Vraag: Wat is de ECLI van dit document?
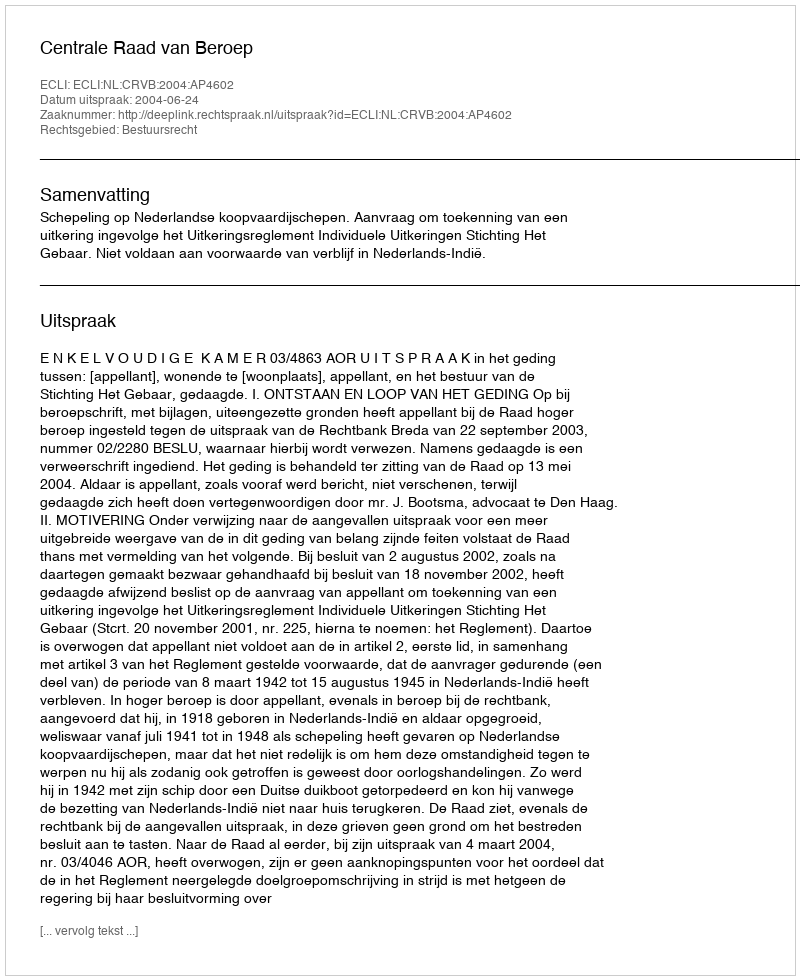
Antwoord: ECLI:NL:CRVB:2004:AP4602